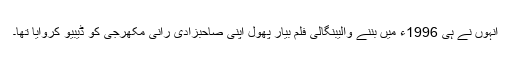
انہوں نے ہی 1996ء میں بننے والیبنگالی فلم بیار پھول اپنی صاحبزادی رانی مکھرجی کو ڈیبیو کروایا تھا۔